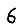
Digit: 6